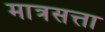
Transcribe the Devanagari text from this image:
मात्रसत्ता